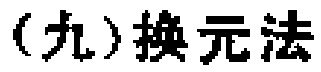
(九)换元法